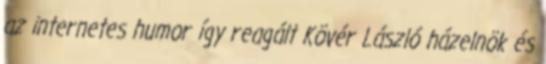
az internetes humor így reagált Kövér László házelnök és